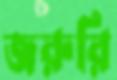
জরুরি